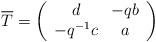
LaTeX: \begin{align*}\overline{T}=\left(\begin{array}{cc} d & -qb \\ -q^{-1}c & a\end{array}\right)\end{align*}